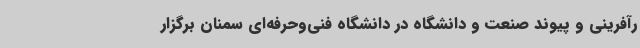
رآفرینی و پیوند صنعت و دانشگاه در دانشگاه فنی‌وحرفه‌ای سمنان برگزار